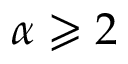
\alpha \geqslant 2